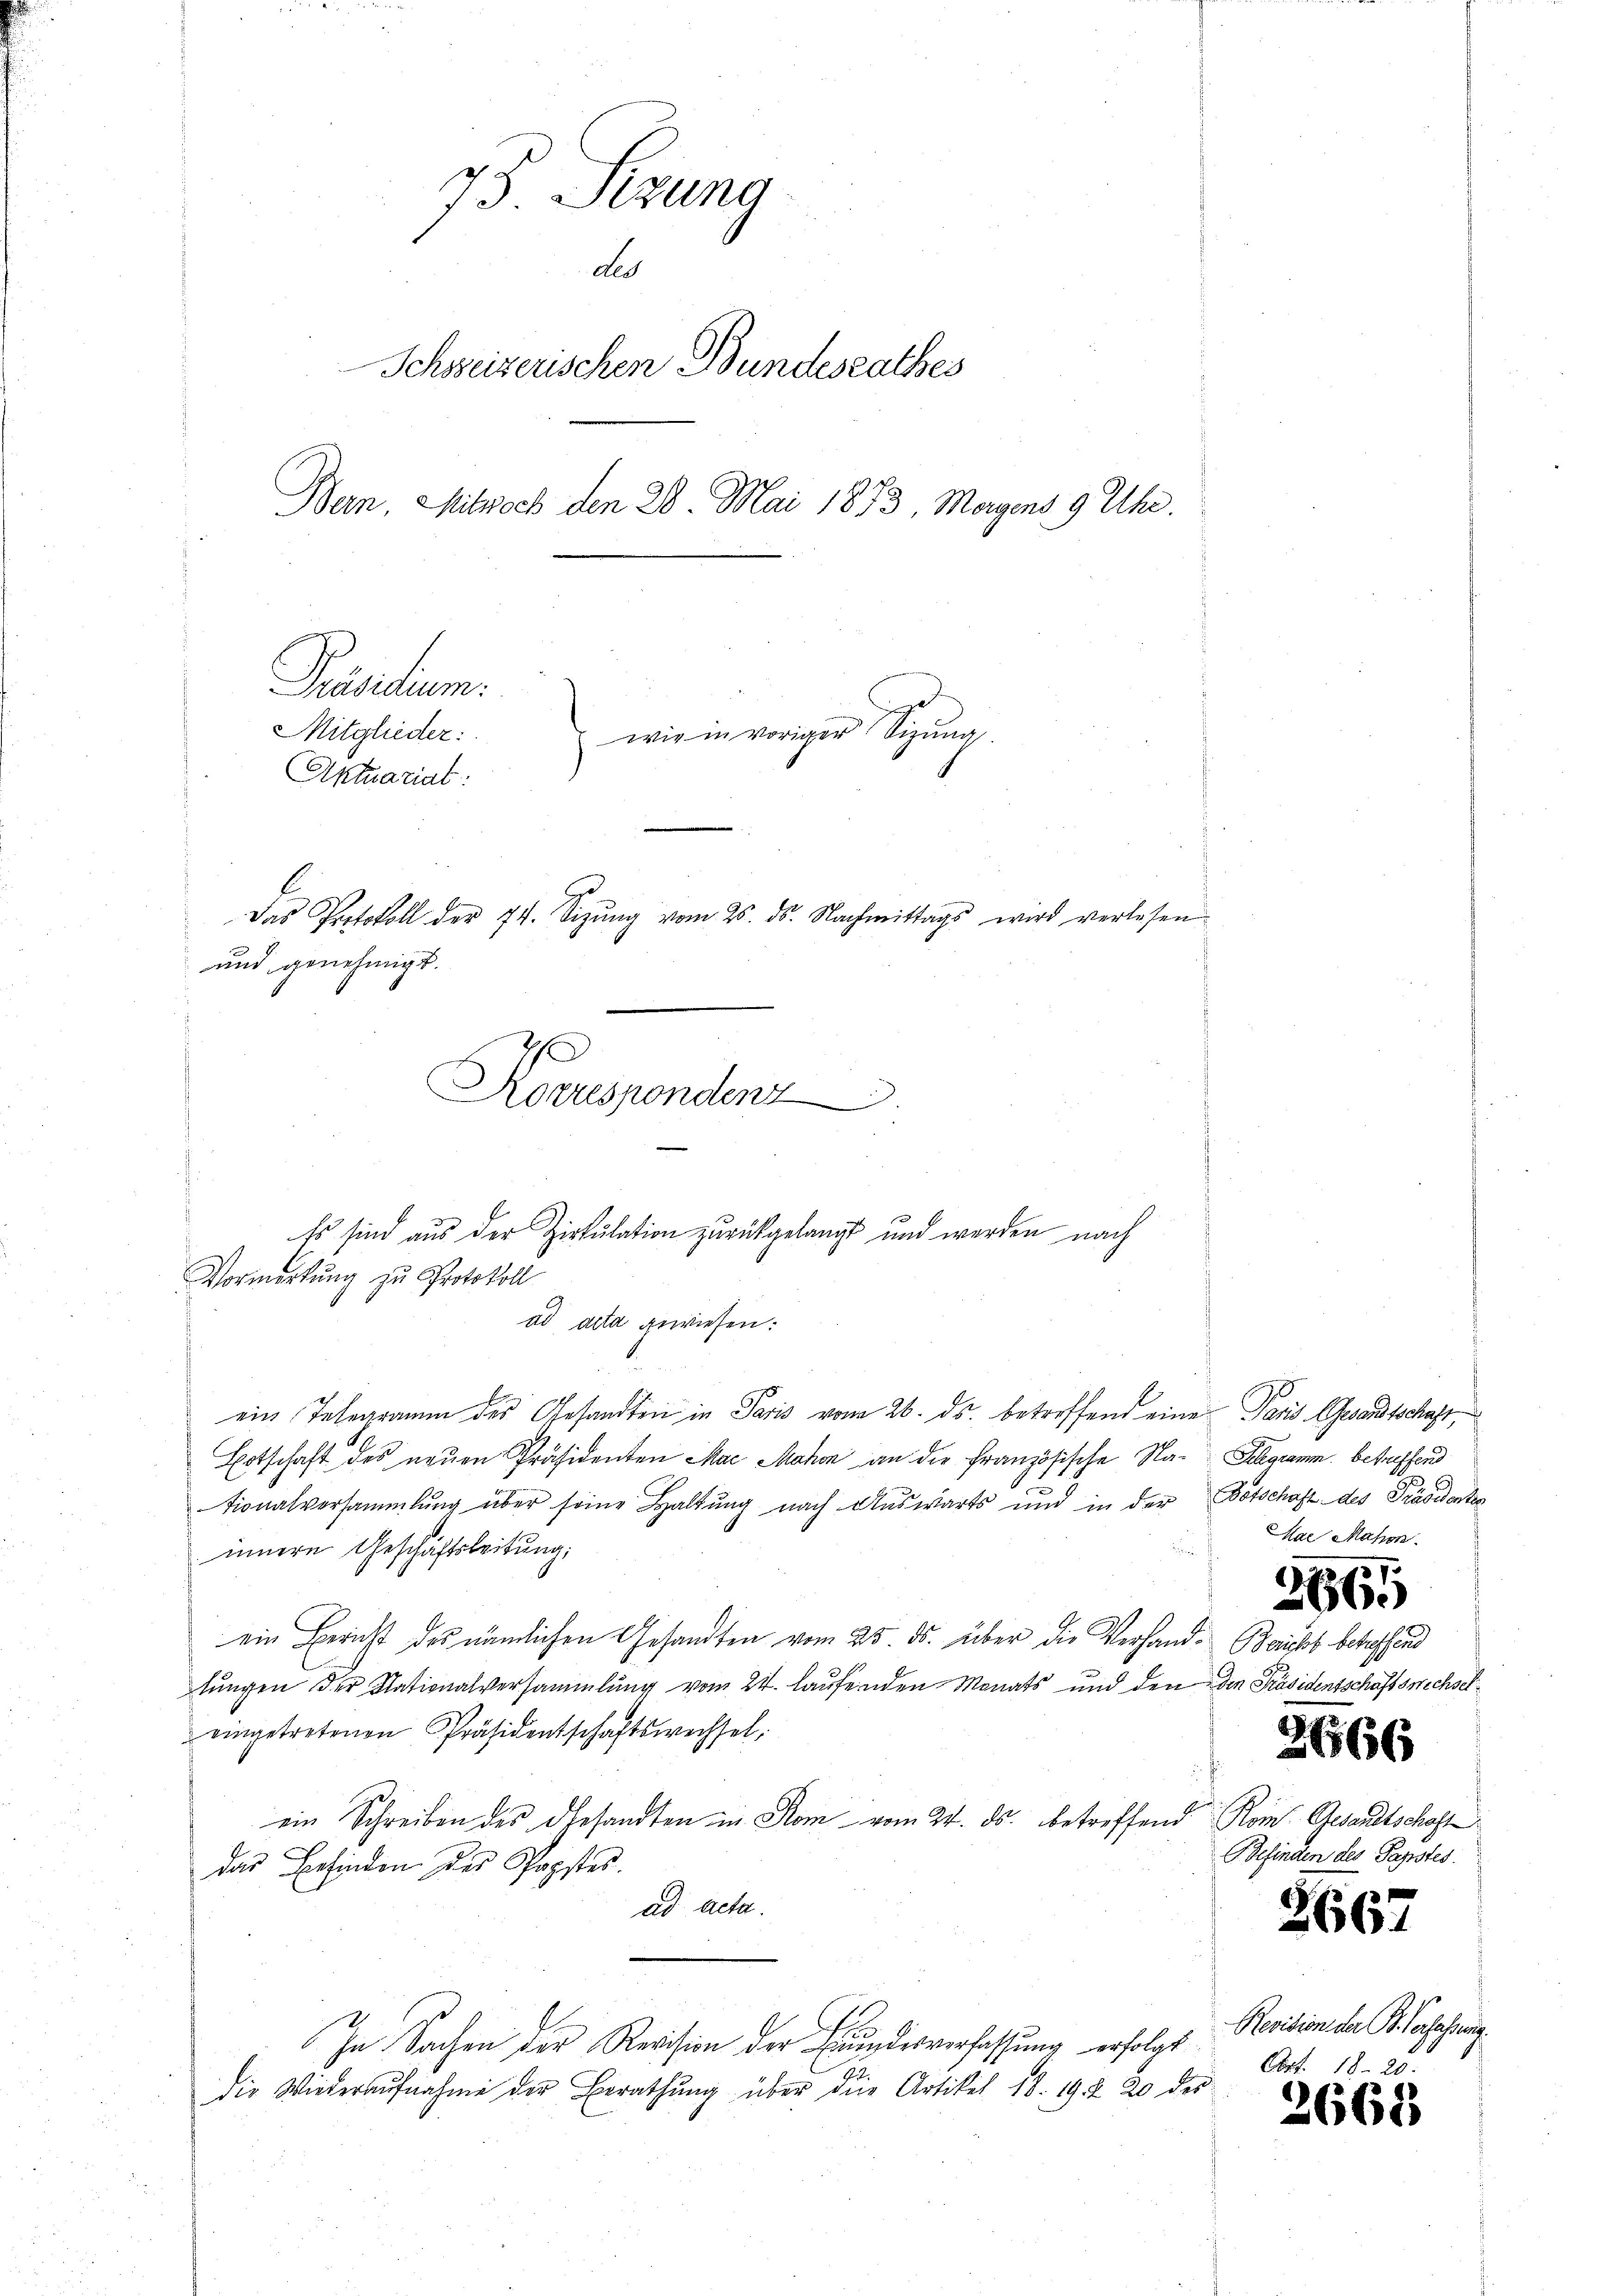
75 Sizung
des
Schweizerischen Bundesrathes
Ban. Mitwoch den 28. Mai 1873, Magens 9 Uhr.
Präsidium.
Mitglieder:
wir in voriger Sigŭng.
Aktuariat:
Das Protokoll der 74. Sizŭng vom 26. ds. Nachmittags wird verlesen
und genehmigt.

ad acta gewiesen:
ein Telegramm des Gesandten in Paris vom 26. ds. betreffend eine Paris Gesandtschaft,
Botschaft des neŭen Präsidenten Mai Mahon an die Französische Na-Schgramm betreffend
tionalversammlung über seine Haltung nach Auswärts und in der Botschaft des Präsidenten
innere Geschäftsleitung;
ein Bericht des nämlichen Gesandten vom 25. ds. über die Verhand-Berichst betreffend
lungen der Nationalversammlung vom 24. laufenden Monats und den die Präsidensschaftswechseleingetretenen Präsidentschaftswechsel,
ein Schreiben des Gesandten in Rom vom 24. ds. betreffend Rom. Gesandtschaft
das Befinden des Papstes.
ad acta.
In Sachen der Revision der Eindesverfassung erfolgt
die Wiederaŭfnahme der Berathŭng über die Artikel 18. 19. 2. 20 des

Kovuspondenz
Es sind aus der Zirkulation zurückgelangt und werden nach
Vormerkung zu Protokoll

Mae Mahn

366

.
2666

Befinden des Papstes.

2
2661

Revision der B. Verfahrung
Art. 18. 28.

2668.